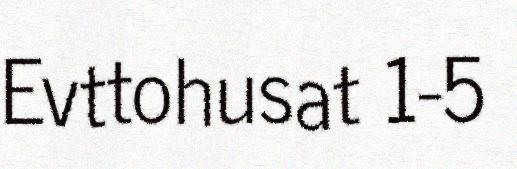
Evttohusat 1-5